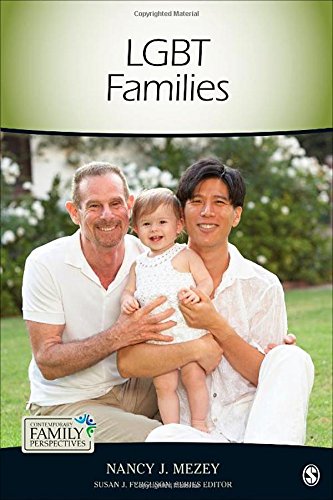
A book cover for LGBT Families (Contemporary Family Perspectives (CFP)); Nancy J. Mezey; Gay & Lesbian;